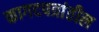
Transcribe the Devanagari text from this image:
कागदपत्रांतील